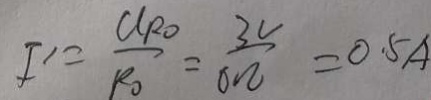
I ^ { \prime } = \frac { U _ { R _ { 0 } } } { R _ { 0 } } = \frac { 3 V } { 6 \Omega } = 0 . 5 A